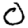
Digit: 0